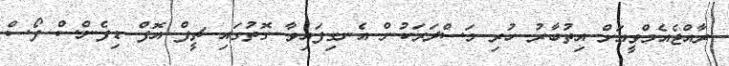
ރާއްޖެއެމްވީއަށް އިތުބާރު ހުރި މަސްދަރަކުން އެނގިފައިވާ ގޮތުގައި ޗީފް އޮފް ޑިފެންސް ފޯސް